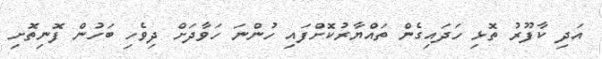
އަދި ކާފޫރު ތޮޅި ހަދައިގެން ތައްޔާރުކޮށްފައި ހުންނަ ހަވާދަށް ދިވެހި ބަހުން ފޮނިތޮށި